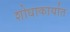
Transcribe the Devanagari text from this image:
शोधाकार्यात